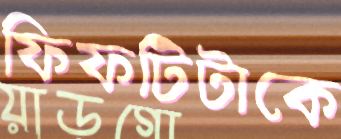
ফিফটিটাকে